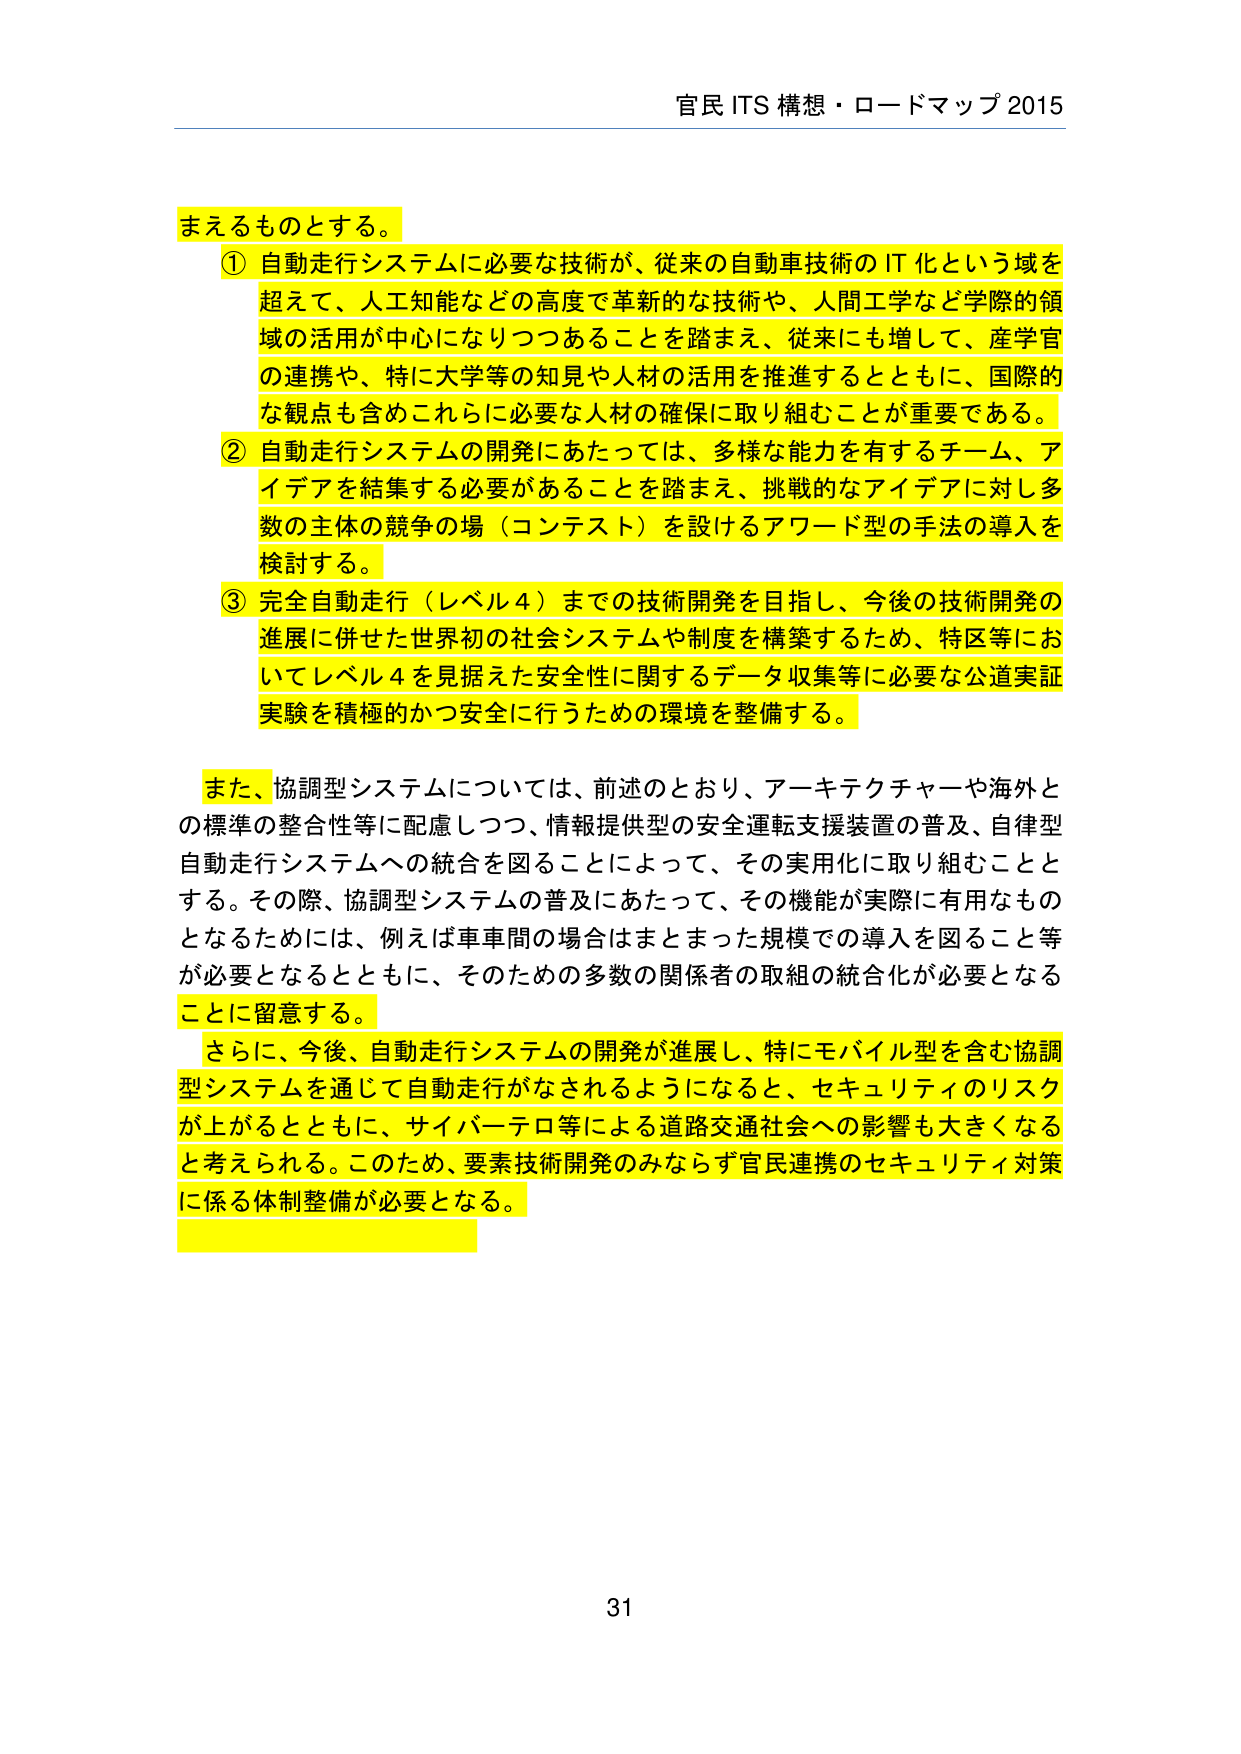
官民 ITS 構想・ロードマップ 2015

まえるものとする。
① 自動走行システムに必要な技術が、従来の自動車技術の IT 化という域を
超えて、人工知能などの高度で革新的な技術や、人間工学など学際的領
域の活用が中心になりつつあることを踏まえ、従来にも増して、産学官
の連携や、特に大学等の知見や人材の活用を推進するとともに、国際的
な観点も含めこれらに必要な人材の確保に取り組むことが重要である。
② 自動走行システムの開発にあたっては、多様な能力を有するチーム、ア
イデアを結集する必要があることを踏まえ、挑戦的なアイデアに対し多
数の主体の競争の場（コンテスト）を設けるアワード型の手法の導入を
検討する。
③ 完全自動走行（レベル4）までの技術開発を目指し、今後の技術開発の
進展に併せた世界初の社会システムや制度を構築するため、特区等にお
いてレベル4を見据えた安全性に関するデータ収集等に必要な公道実証
実験を積極的かつ安全に行うための環境を整備する。

また、協調型システムについては、前述のとおり、アーキテクチャーや海外と
の標準の整合性等に配慮しつつ、情報提供型の安全運転支援装置の普及、自律型
自動走行システムへの統合を図ることによって、その実用化に取り組むことと
する。その際、協調型システムの普及にあたって、その機能が実際に有用なもの
となるためには、例えば車車間の場合はまとまった規模での導入を図ること等
が必要となるとともに、そのための多数の関係者の取組の統合化が必要となる
ことに留意する。
さらに、今後、自動走行システムの開発が進展し、特にモバイル型を含む協調
型システムを通じて自動走行がなされるようになると、セキュリティのリスク
が上がるとともに、サイバーテロ等による道路交通社会への影響も大きくなる
と考えられる。このため、要素技術開発のみならず官民連携のセキュリティ対策
に係る体制整備が必要となる。

31